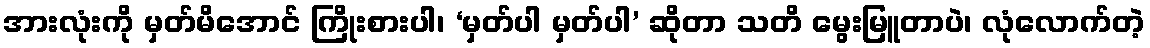
အားလုံးကို မှတ်မိအောင် ကြိုးစားပါ၊ ‘မှတ်ပါ မှတ်ပါ’ ဆိုတာ သတိ မွေးမြူတာပဲ၊ လုံလောက်တဲ့